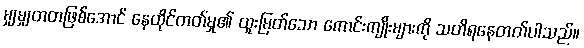
မျှမျှတတဖြစ်အောင် နေထိုင်တတ်မှု၏ ထူးမြတ်သော ကောင်းကျိုးများကို သတိရနေတတ်ပါသည်။